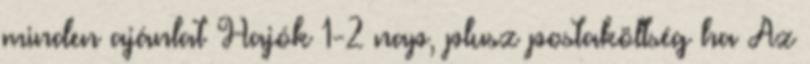
minden ajánlat Hajók 1-2 nap, plusz postaköltség ha Az